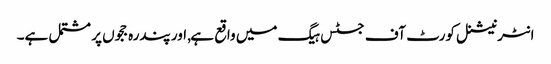
انٹرنیشنل کورٹ آف جسٹس ہیگ میں واقع ہے, اور پندرہ ججوں پر مشتمل ہے۔